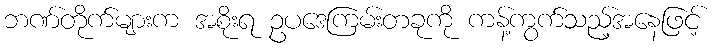
ဘဏ်တိုက်များက အစိုးရ ဥပဒေကြမ်းတခုကို ကန့်ကွက်သည့်အနေဖြင့်